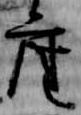
座